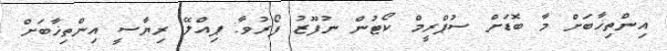
އިންތިޚާބަށް މާ ބޮޑަށް ސުޕްރީމް ކޯޓުން ނުފޫޒު ފޯރުވާ: ޕިއްލޭ ރިޔާސީ އިންތިޚާބަށް